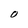
Character: o